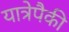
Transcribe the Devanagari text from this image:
यात्रेपैकी